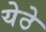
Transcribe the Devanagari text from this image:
येठे